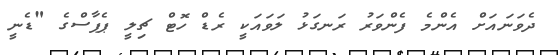
ދެވަނައަށް އެންމެ ފެންވަރު ރަނގަޅު ލަވައަކީ ރެޑް ހޮޓް ޗިލީ ޕެޕާސްގެ "ޑެނީ